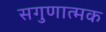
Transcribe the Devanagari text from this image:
सगुणात्मक